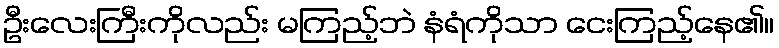
ဦးလေးကြီးကိုလည်း မကြည့်ဘဲ နံရံကိုသာ ငေးကြည့်နေ၏။